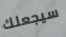
سيجعلك